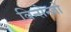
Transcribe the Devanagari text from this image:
विन्सेन्ज़ो